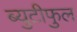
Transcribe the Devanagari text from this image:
ब्युटीफुल